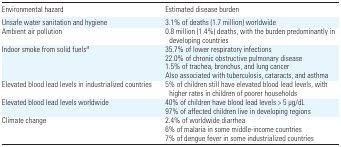
<table><thead><tr><td><b>Environmental hazard</b></td><td><b>Estimated disease burden</b></td></tr></thead><tbody><tr><td>Unsafe water sanitation and hygiene</td><td>3.1% of deaths (1.7 million) worldwide</td></tr><tr><td>Ambient air pollution</td><td>0.8 million (1.4%) deaths, with the burden predominantly in developing countries</td></tr><tr><td>Indoor smoke from solid fuelsa</td><td>35.7% of lower respiratory infections22.0% of chronic obstructive pulmonary disease1.5% of trachea, bronchus, and lung cancerAlso associated with tuberculosis, cataracts, and asthma</td></tr><tr><td>Elevated blood lead levels in industrialized countries</td><td>5% of children still have elevated blood lead levels, with higher rates in children of poorer households</td></tr><tr><td>Elevated blood lead levels worldwide</td><td>40% of children have blood lead levels &gt; 5 μg/dL97% of affected children live in developing regions</td></tr><tr><td>Climate change</td><td>2.4% of worldwide diarrhea6% of malaria in some middle-income countries7% of dengue fever in some industrialized countries</td></tr></tbody></table>